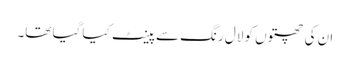
ان کی چھتوں کو لال رنگ سے پینٹ کیا گیا تھا۔